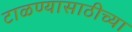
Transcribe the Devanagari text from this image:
टाळण्यासाठीच्या